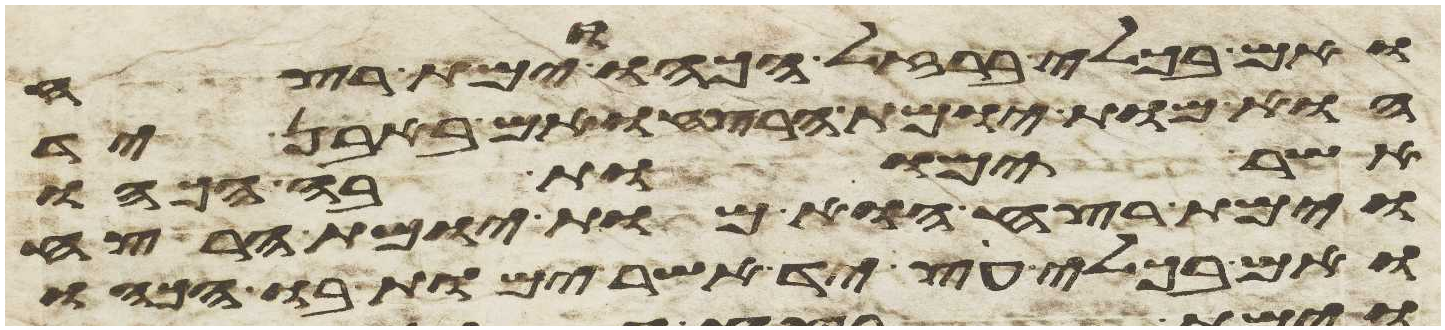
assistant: ואם בכלי ברזל הכהו וימת רצח
הוא מות יומת הרצח ואם באבן יד
אשר ימות בה הכהו
וימת רצח הוא מות יומת הרצח
ואם בכלי עץ יד אשר ימות בו הכהו